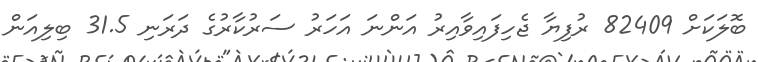
ބޮލަކަށް 82409 ރުފިޔާ ޖެހިފައިވާއިރު އަންނަ އަހަރު ސަރުކާރުގެ ދަރަނި 31.5 ބިލިއަން